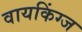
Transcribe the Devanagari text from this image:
वायकिंग्ज